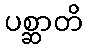
ပစ္ဆာတိ